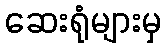
ဆေးရုံများမှ